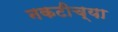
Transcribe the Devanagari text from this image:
नकटीच्या